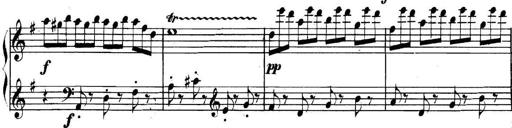
Title: Collected Piano Sonatas
Composer: Muzio Clementi